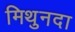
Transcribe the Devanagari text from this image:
मिथुनदा